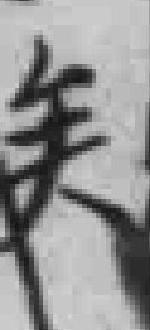
矣